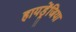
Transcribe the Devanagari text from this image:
हायड्रेंजिया